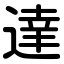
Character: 達